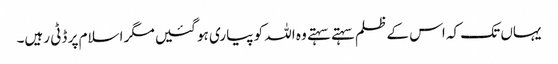
یہاں تک کہ اس کے ظلم سہتے سہتے وہ اللہ کو پیاری ہو گئیں مگر اسلام پر ڈٹی رہیں۔